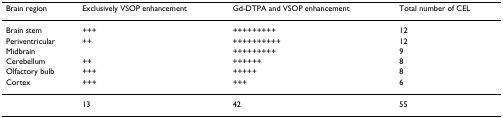
<table><thead><tr><td><b>Brain region</b></td><td><b>Exclusively VSOP enhancement</b></td><td><b>Gd-DTPA and VSOP enhancement</b></td><td><b>Total number of CEL</b></td></tr></thead><tbody><tr><td>Brain stem</td><td>+++</td><td>+++++++++</td><td>12</td></tr><tr><td>Periventricular</td><td>++</td><td>++++++++++</td><td>12</td></tr><tr><td>Midbrain</td><td></td><td>+++++++++</td><td>9</td></tr><tr><td>Cerebellum</td><td>++</td><td>++++++</td><td>8</td></tr><tr><td>Olfactory bulb</td><td>+++</td><td>+++++</td><td>8</td></tr><tr><td>Cortex</td><td>+++</td><td>+++</td><td>6</td></tr><tr><td></td><td>13</td><td>42</td><td>55</td></tr></tbody></table>